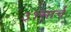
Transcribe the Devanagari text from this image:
३१मार्च